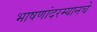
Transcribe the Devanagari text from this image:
भाषणांदरम्यानचे